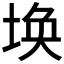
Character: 𮰥